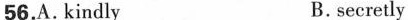
56.A.'kindly B. secretly